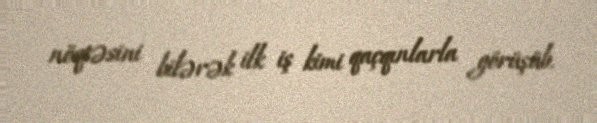
nöqtəsini bilərək ilk iş kimi qaçqınlarla görüşüb.